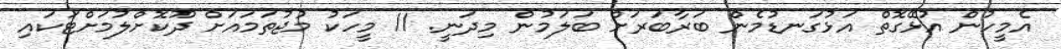
އެމީހުން އުޅޭގޮތް އަޅުގަނޑުމެން ބަރާބަރަށް ބަލަމުން މިދަނީ. 11 މީހަކު މުޖުތަމައަށް ދޫކޮށްލުމަށްޓަކައި